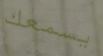
يسمعك